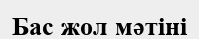
Бас жол мәтіні